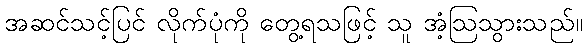
အဆင်သင့်ပြင် လိုက်ပုံကို တွေ့ရသဖြင့် သူ အံ့ဩသွားသည်။